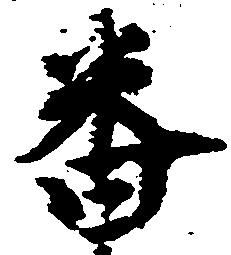
番